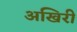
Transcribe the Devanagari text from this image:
अखिरी